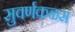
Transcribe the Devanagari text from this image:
सुवर्णकळस